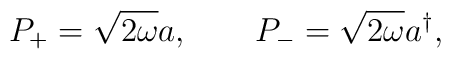
P_{+}=\sqrt{2\omega }a,\qquad P_{-}=\sqrt{2\omega }a^{\dagger },